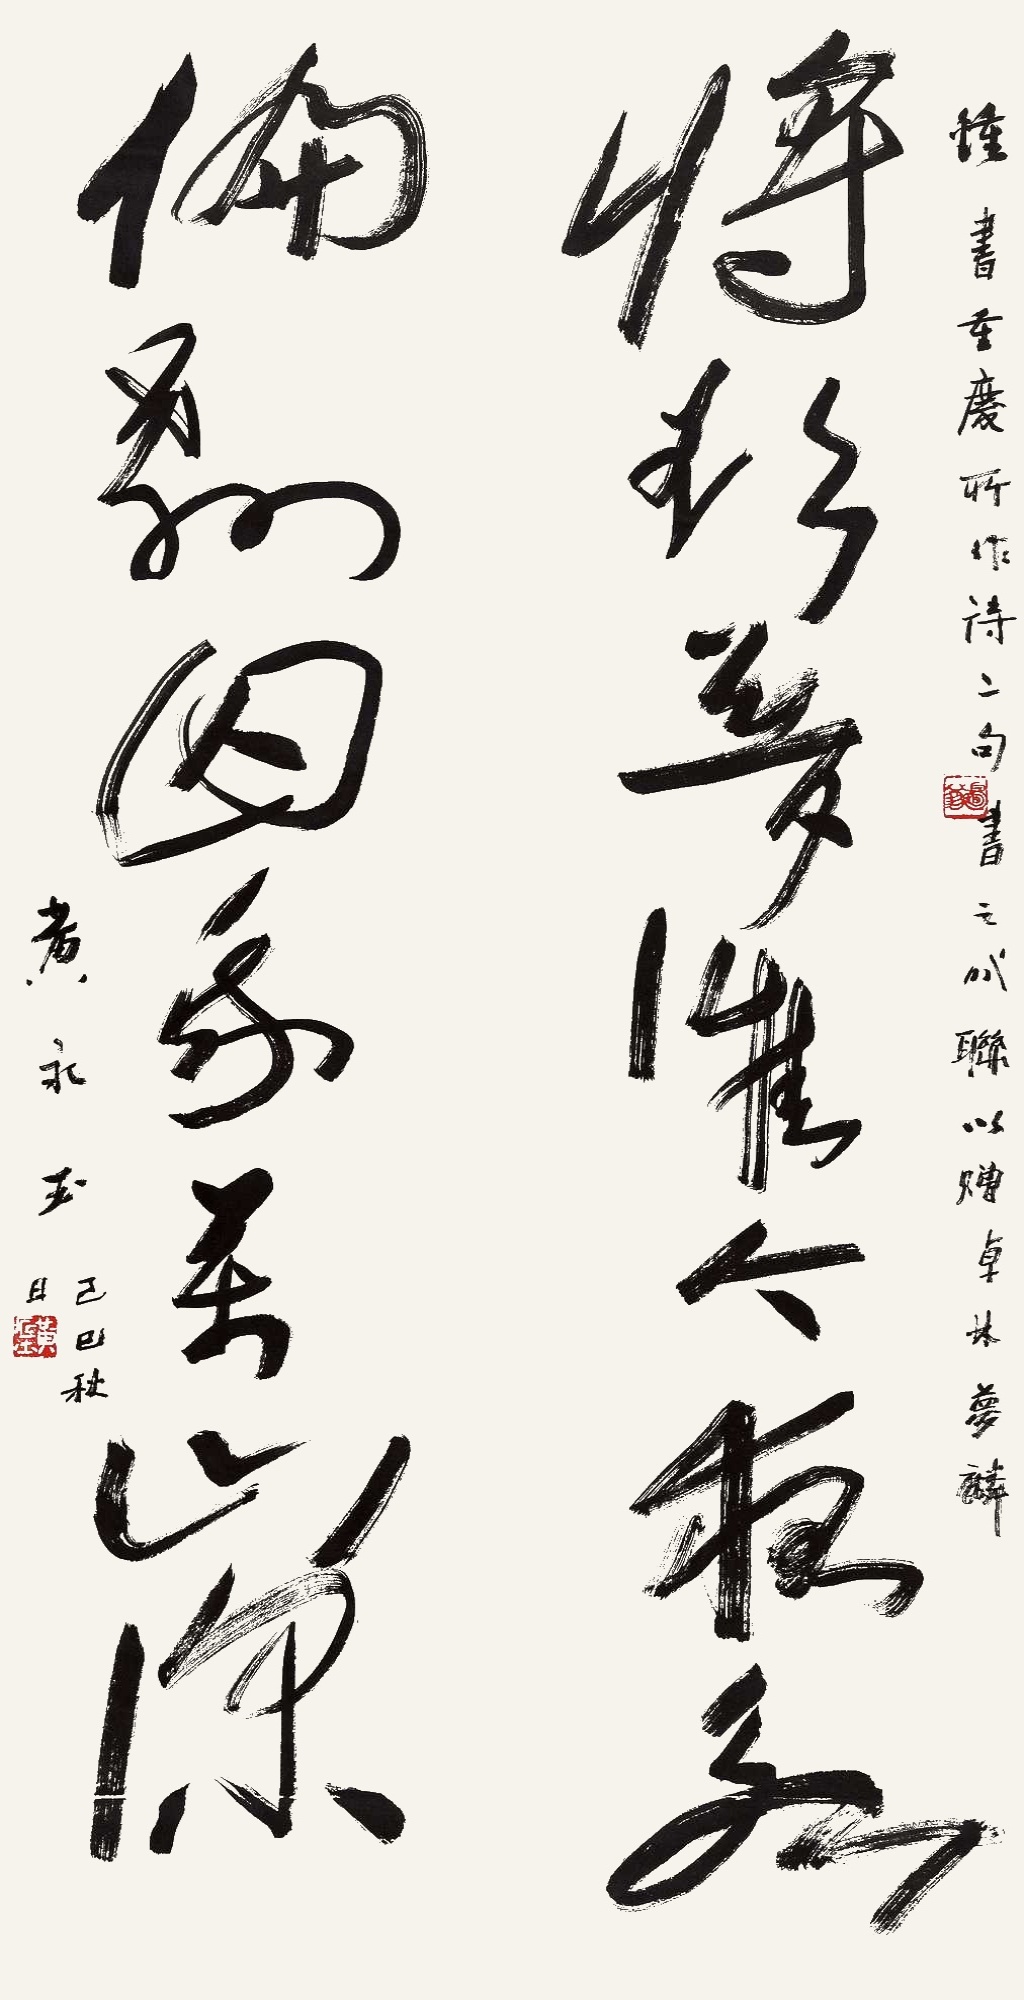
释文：将欲梦谁今夜永，偏教囚我万山深。锺书重庆所作诗二句，书之成联以赠卓林、梦麟。黄永玉，己巳秋日。